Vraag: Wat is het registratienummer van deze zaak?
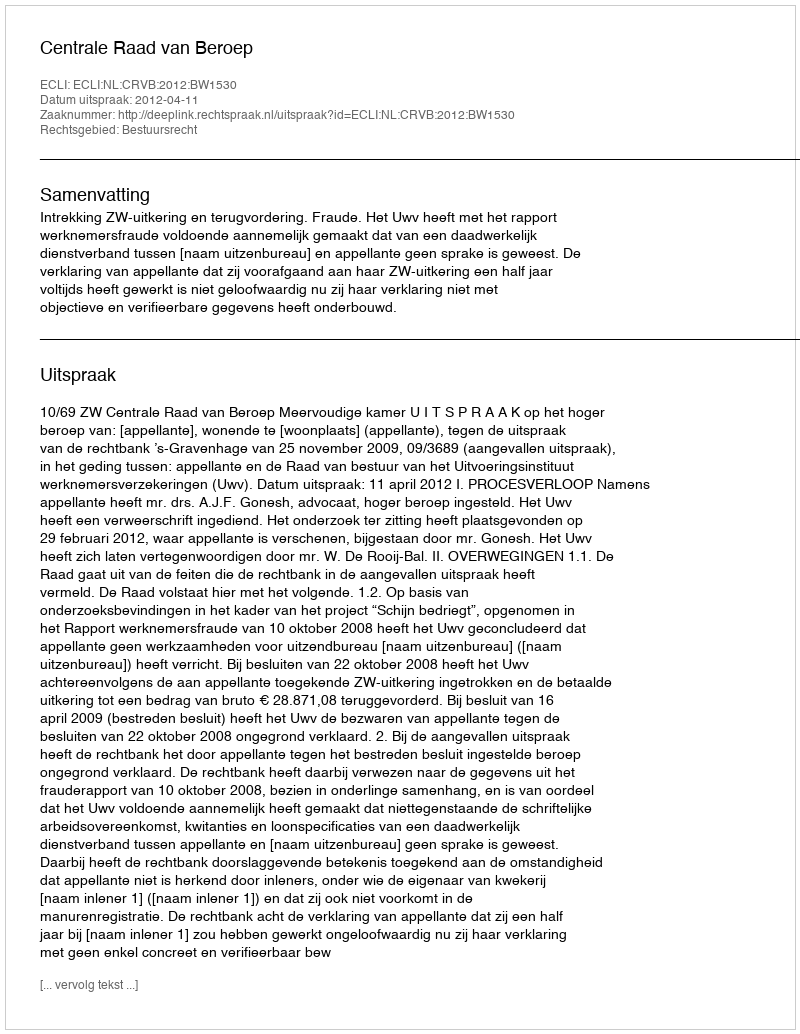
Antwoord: http://deeplink.rechtspraak.nl/uitspraak?id=ECLI:NL:CRVB:2012:BW1530